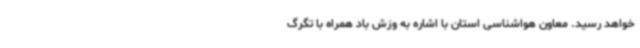
خواهد رسید. معاون هواشناسی استان با اشاره به وزش باد همراه با تگرگ